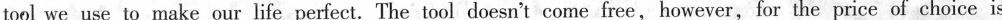
tool we use to make our life perfect.The tool doesn't come free,however,for the price of choice is